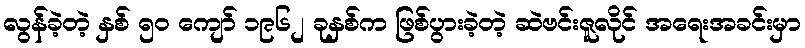
လွန်ခဲ့တဲ့ နှစ် ၅၀ ကျော် ၁၉၆၂ ခုနှစ်က ဖြစ်ပွားခဲ့တဲ့ ဆဲဗင်းဇူလိုင် အရေးအခင်းမှာ